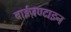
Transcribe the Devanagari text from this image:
बाईज़ण्टाइन